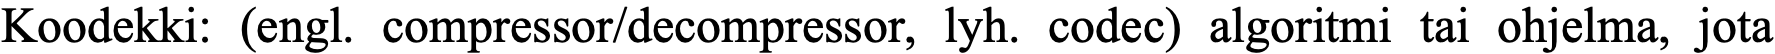
Koodekki: (engl. compressor/decompressor, lyh. codec) algoritmi tai ohjelma, jota